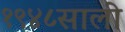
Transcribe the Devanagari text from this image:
१९४८साली